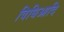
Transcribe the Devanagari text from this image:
विधिआदि